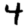
Digit: 4